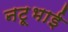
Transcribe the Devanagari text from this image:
नटूभाई